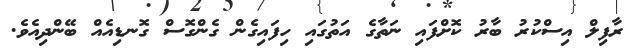
ރާފިލް އިސްކުރު ބާރު ކޮށްފައި ނަތާގެ އަތުގައި ހިފައިގެން ގެންގޮސް ގޮނޑިއެއް ބޭންދިއެވެ.